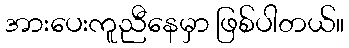
အားပေးကူညီနေမှာ ဖြစ်ပါတယ်။